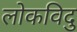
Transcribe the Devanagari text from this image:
लोकविदु